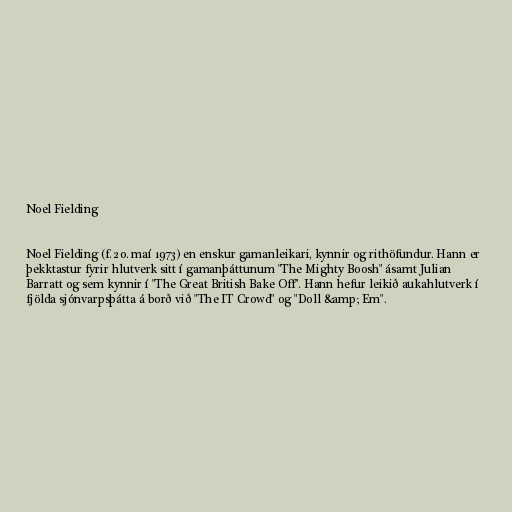
Noel Fielding

Noel Fielding (f. 20. maí 1973) en enskur gamanleikari, kynnir og rithöfundur. Hann er
þekktastur fyrir hlutverk sitt í gamanþáttunum "The Mighty Boosh" ásamt Julian
Barratt og sem kynnir í "The Great British Bake Off". Hann hefur leikið aukahlutverk í
fjölda sjónvarpsþátta á borð við "The IT Crowd" og "Doll &amp; Em".